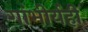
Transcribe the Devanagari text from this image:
गांभीर्यही